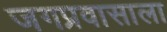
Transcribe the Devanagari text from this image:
जगप्रवासाला